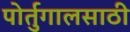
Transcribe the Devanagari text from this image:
पोर्तुगालसाठी